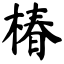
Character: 椿